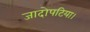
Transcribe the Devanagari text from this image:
जादोपटिया।